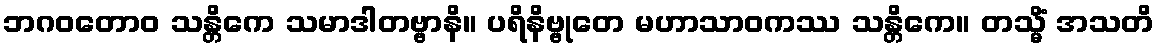
ဘဂဝတောဝ သန္တိကေ သမာဒါတဗ္ဗာနိ။ ပရိနိဗ္ဗုတေ မဟာသာဝကဿ သန္တိကေ။ တသ္မိံ အသတိ